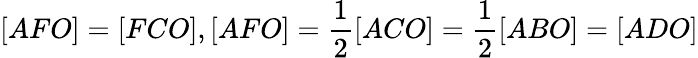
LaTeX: [AFO]=[FCO],[AFO]={\frac{1}{2}}[ACO]={\frac{1}{2}}[ABO]=[ADO]